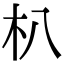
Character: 朳